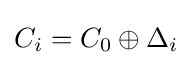
C_{i}=C_{0}\oplus \Delta _{i}